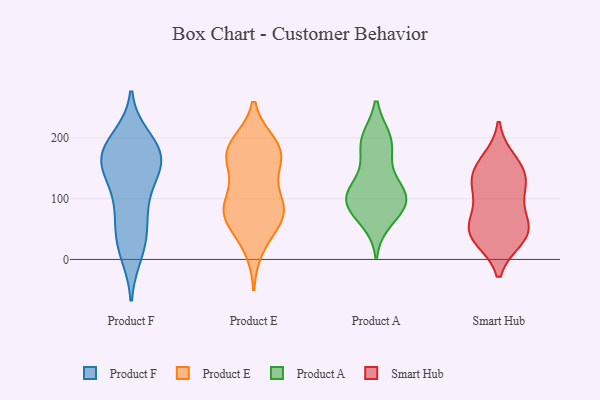
{"axis": {"x": "Latency (ms)", "y": "Value"}, "legend": ["Product A", "Product E", "Product F", "Smart Hub"], "data": [{"x": "", "y": 11, "type": "Product F"}, {"x": "", "y": 178, "type": "Product F"}, {"x": "", "y": 39, "type": "Product F"}, {"x": "", "y": 186, "type": "Product F"}, {"x": "", "y": 109, "type": "Product F"}, {"x": "", "y": 133, "type": "Product F"}, {"x": "", "y": 170, "type": "Product F"}, {"x": "", "y": 165, "type": "Product F"}, {"x": "", "y": 171, "type": "Product F"}, {"x": "", "y": 198, "type": "Product F"}, {"x": "", "y": 21, "type": "Product F"}, {"x": "", "y": 80, "type": "Product F"}, {"x": "", "y": 162, "type": "Product F"}, {"x": "", "y": 63, "type": "Product F"}, {"x": "", "y": 148, "type": "Product F"}, {"x": "", "y": 182, "type": "Product E"}, {"x": "", "y": 89, "type": "Product E"}, {"x": "", "y": 159, "type": "Product E"}, {"x": "", "y": 172, "type": "Product E"}, {"x": "", "y": 61, "type": "Product E"}, {"x": "", "y": 76, "type": "Product E"}, {"x": "", "y": 85, "type": "Product E"}, {"x": "", "y": 90, "type": "Product E"}, {"x": "", "y": 19, "type": "Product E"}, {"x": "", "y": 86, "type": "Product E"}, {"x": "", "y": 190, "type": "Product E"}, {"x": "", "y": 177, "type": "Product E"}, {"x": "", "y": 183, "type": "Product E"}, {"x": "", "y": 58, "type": "Product E"}, {"x": "", "y": 137, "type": "Product E"}, {"x": "", "y": 94, "type": "Product A"}, {"x": "", "y": 195, "type": "Product A"}, {"x": "", "y": 101, "type": "Product A"}, {"x": "", "y": 115, "type": "Product A"}, {"x": "", "y": 198, "type": "Product A"}, {"x": "", "y": 78, "type": "Product A"}, {"x": "", "y": 94, "type": "Product A"}, {"x": "", "y": 104, "type": "Product A"}, {"x": "", "y": 65, "type": "Product A"}, {"x": "", "y": 196, "type": "Product A"}, {"x": "", "y": 161, "type": "Product A"}, {"x": "", "y": 115, "type": "Product A"}, {"x": "", "y": 163, "type": "Smart Hub"}, {"x": "", "y": 44, "type": "Smart Hub"}, {"x": "", "y": 116, "type": "Smart Hub"}, {"x": "", "y": 138, "type": "Smart Hub"}, {"x": "", "y": 90, "type": "Smart Hub"}, {"x": "", "y": 54, "type": "Smart Hub"}, {"x": "", "y": 128, "type": "Smart Hub"}, {"x": "", "y": 38, "type": "Smart Hub"}, {"x": "", "y": 54, "type": "Smart Hub"}, {"x": "", "y": 148, "type": "Smart Hub"}, {"x": "", "y": 35, "type": "Smart Hub"}]}